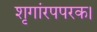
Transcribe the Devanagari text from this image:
शृगांरपपरक।